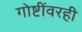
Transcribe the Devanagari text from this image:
गोष्टींवरही